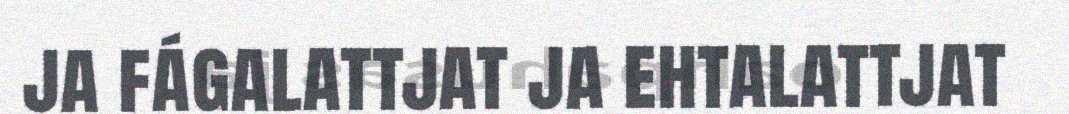
ja fágalattjat ja ehtalattjat